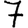
Digit: 7